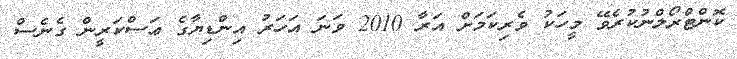
ކޮންޓްރޯލްނުކުރެވޭ މީހަކު ވެރިކަމަށް އަރާ 2010 ވަނަ އަހަރު އިންޑިޔާގެ ޢަސްކަރީން ގެނެސް